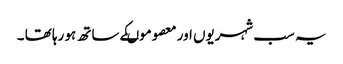
یہ سب شہریوں اور معصوموںکے ساتھ ہو رہا تھا ۔